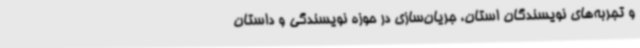
و تجربه‌های نویسندگان استان، جریان‌سازی در حوزه نویسندگی و داستان